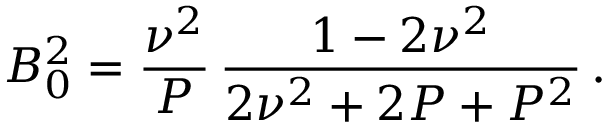
B _ { 0 } ^ { 2 } = \frac { \nu ^ { 2 } } { P } \, \frac { 1 - 2 \nu ^ { 2 } } { 2 \nu ^ { 2 } + 2 P + P ^ { 2 } } \, .